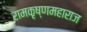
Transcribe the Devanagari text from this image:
रामकृष्णमहाराज